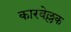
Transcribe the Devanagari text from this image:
कारवेल्लक